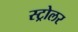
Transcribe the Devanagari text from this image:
स्ट्रोलर